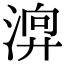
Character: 𣹚